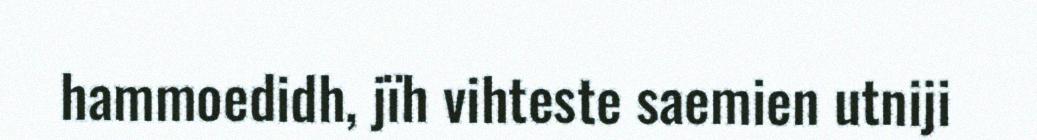
hammoedidh, jïh vihteste saemien utniji